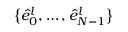
\big \{ \hat { e } _ { 0 } ^ { l } , \dots , \hat { e } _ { N - 1 } ^ { l } \big \}